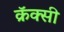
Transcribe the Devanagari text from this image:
क्रॅक्सी